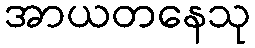
အာယတနေသု